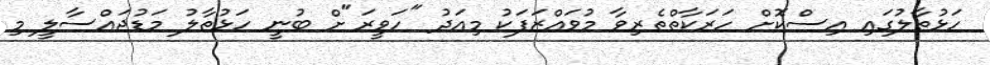
ހަޅުތާލުގައި އިސްކޮށް ހަރަކާތްތެރިވާ މުވައްޒަފަކު މިއަދު "ހަވީރަ"ށް ބުނީ ހަޅުތާލު މަޑުޖައްސާލީ މި